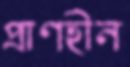
প্রাণহীন